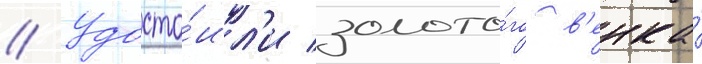
// Удосто́ил'и золото́го в'енка́